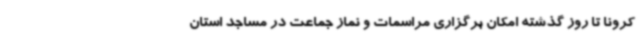
کرونا تا ‌روز گذشته امکان برگزاری مراسمات و نماز جماعت در مساجد استان